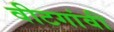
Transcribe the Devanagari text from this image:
वीटगांवी